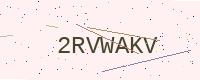
Text: 2RVWAKV